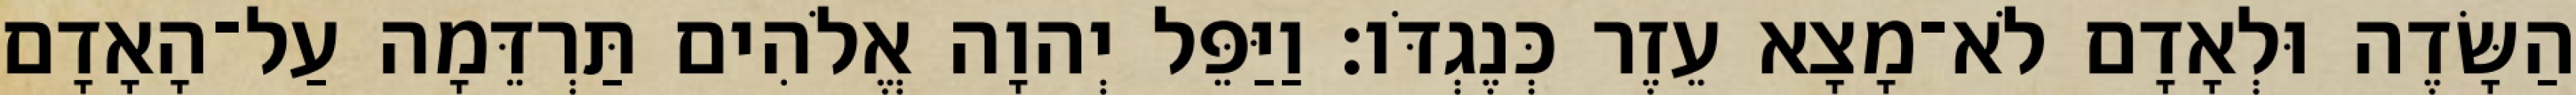
הַשָּׂדֶה וּלְאָדָם לֹא־מָצָא עֵזֶר כְּנֶגְדֹּו׃ וַיַּפֵּל יְהוָה אֱלֹהִים תַּרְדֵּמָה עַל־הָאָדָם